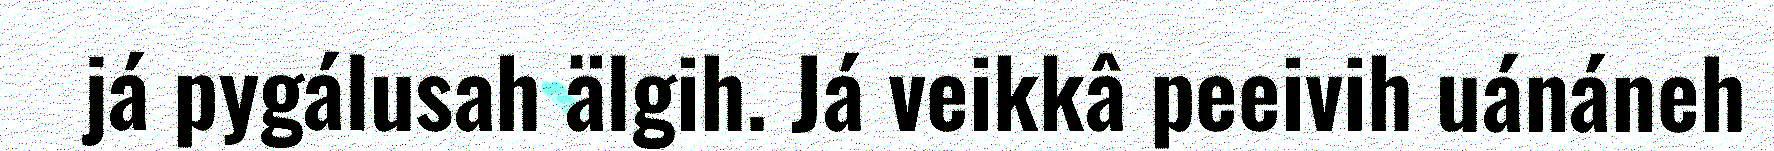
já pygálusah älgih. Já veikkâ peeivih uánáneh